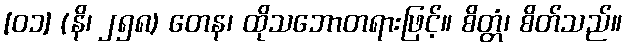
[၀၁] (နိ၊ ၂၅၈) တေန၊ ထိုသဘောတရားဖြင့်။ စိတ္တံ၊ စိတ်သည်။